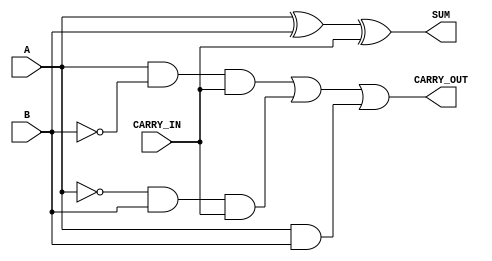
`timescale 1ns / 1ps

/*
    Group Members: Thomas Hudson and Warren Seto

    Lab Name: Combinational Logic
    Project Name: eng312_proj2
    Design Name: full_adder.v
    Design Description: Verilog Module for Full Adder
*/

module full_adder
(
  input A,
  input B,
  input CARRY_IN,
  output SUM,
  output CARRY_OUT
);

  // This uses two exclusive OR (XOR) gates to SUM three inputs
  assign SUM = (A ^ B) ^ CARRY_IN;

  // This uses three OR gates to detect a CARRY_OUT from three inputs
  assign CARRY_OUT = (A & ~B & CARRY_IN) | (~A & B & CARRY_IN) | (A & B);
endmodule